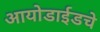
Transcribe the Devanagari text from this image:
आयोडाईडचे